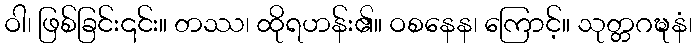
ဝါ၊ ဖြစ်ခြင်း၎င်း။ တဿ၊ ထိုရဟန်း၏။ ဝစနေန၊ ကြောင့်။ သုတ္တဂဍ္ဎနံ၊